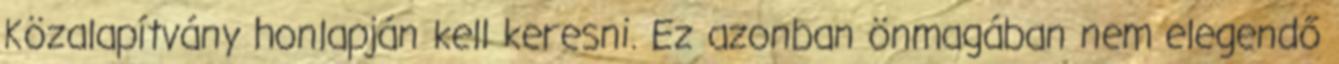
Közalapítvány honlapján kell keresni. Ez azonban önmagában nem elegendő